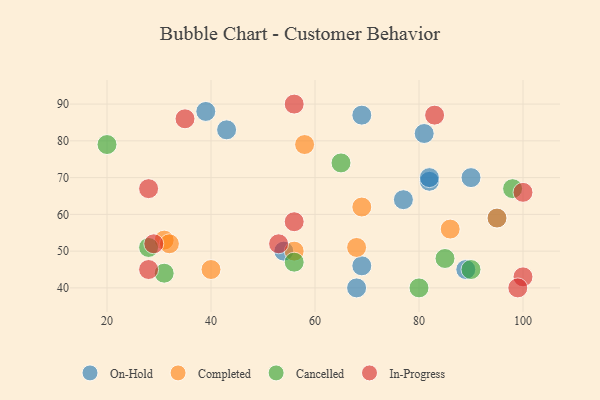
{"axis": {"x": "GDP", "y": "Life Expectancy"}, "legend": ["Cancelled", "Completed", "In-Progress", "On-Hold"], "data": [{"x": "39", "y": 88, "type": "On-Hold"}, {"x": "81", "y": 82, "type": "On-Hold"}, {"x": "90", "y": 70, "type": "On-Hold"}, {"x": "54", "y": 50, "type": "On-Hold"}, {"x": "68", "y": 40, "type": "On-Hold"}, {"x": "69", "y": 46, "type": "On-Hold"}, {"x": "89", "y": 45, "type": "On-Hold"}, {"x": "82", "y": 69, "type": "On-Hold"}, {"x": "77", "y": 64, "type": "On-Hold"}, {"x": "69", "y": 87, "type": "On-Hold"}, {"x": "43", "y": 83, "type": "On-Hold"}, {"x": "95", "y": 59, "type": "On-Hold"}, {"x": "82", "y": 70, "type": "On-Hold"}, {"x": "58", "y": 79, "type": "Completed"}, {"x": "68", "y": 51, "type": "Completed"}, {"x": "69", "y": 62, "type": "Completed"}, {"x": "95", "y": 59, "type": "Completed"}, {"x": "86", "y": 56, "type": "Completed"}, {"x": "31", "y": 53, "type": "Completed"}, {"x": "32", "y": 52, "type": "Completed"}, {"x": "56", "y": 50, "type": "Completed"}, {"x": "40", "y": 45, "type": "Completed"}, {"x": "98", "y": 67, "type": "Cancelled"}, {"x": "56", "y": 47, "type": "Cancelled"}, {"x": "85", "y": 48, "type": "Cancelled"}, {"x": "80", "y": 40, "type": "Cancelled"}, {"x": "28", "y": 51, "type": "Cancelled"}, {"x": "90", "y": 45, "type": "Cancelled"}, {"x": "31", "y": 44, "type": "Cancelled"}, {"x": "65", "y": 74, "type": "Cancelled"}, {"x": "20", "y": 79, "type": "Cancelled"}, {"x": "56", "y": 90, "type": "In-Progress"}, {"x": "100", "y": 43, "type": "In-Progress"}, {"x": "83", "y": 87, "type": "In-Progress"}, {"x": "35", "y": 86, "type": "In-Progress"}, {"x": "28", "y": 67, "type": "In-Progress"}, {"x": "28", "y": 45, "type": "In-Progress"}, {"x": "99", "y": 40, "type": "In-Progress"}, {"x": "56", "y": 58, "type": "In-Progress"}, {"x": "29", "y": 52, "type": "In-Progress"}, {"x": "53", "y": 52, "type": "In-Progress"}, {"x": "100", "y": 66, "type": "In-Progress"}]}